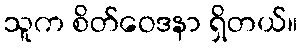
သူက စိတ်ဝေဒနာ ရှိတယ်။